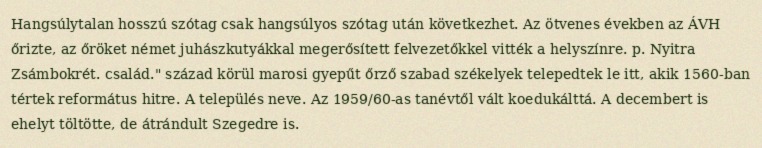
Hangsúlytalan hosszú szótag csak hangsúlyos szótag után következhet. Az ötvenes években az ÁVH őrizte, az őröket német juhászkutyákkal megerősített felvezetőkkel vitték a helyszínre. p. Nyitra Zsámbokrét. család." század körül marosi gyepűt őrző szabad székelyek telepedtek le itt, akik 1560-ban tértek református hitre. A település neve. Az 1959/60-as tanévtől vált koedukálttá. A decembert is ehelyt töltötte, de átrándult Szegedre is.